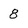
Character: 8